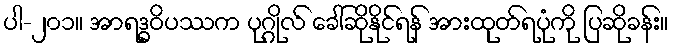
ပါ-၂၀၁။ အာရဒ္ဓဝိပဿက ပုဂ္ဂိုလ် ခေါ်ဆိုနိုင်ရန် အားထုတ်ရပုံကို ပြဆိုခန်း။